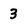
Character: 3